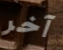
آخر